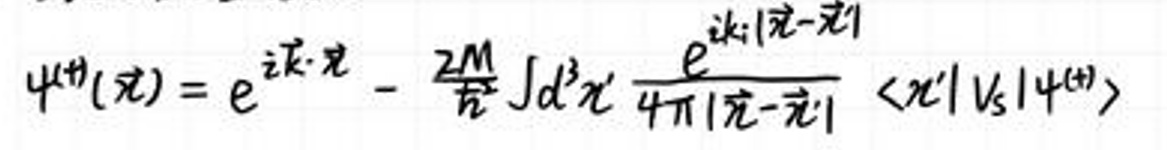
\[
\psi^{(4)}(\vec{r}) = e^{i\vec{k} \cdot \vec{r}} - \frac{2M}{\hbar^2} \int d^3 r' \frac{e^{i k |\vec{r}-\vec{r}'|}}{4\pi |\vec{r}-\vec{r}'|} \langle \vec{r}'|V_s|\psi^{(4)}\rangle
\]